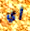
أي